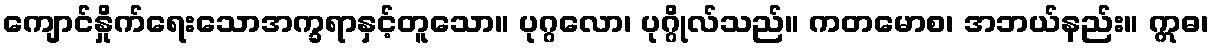
ကျောင်နှိုက်ရေးသောအက္ခရာနှင့်တူသော။ ပုဂ္ဂလော၊ ပုဂ္ဂိုလ်သည်။ ကတမောစ၊ အဘယ်နည်း။ ဣဓ၊